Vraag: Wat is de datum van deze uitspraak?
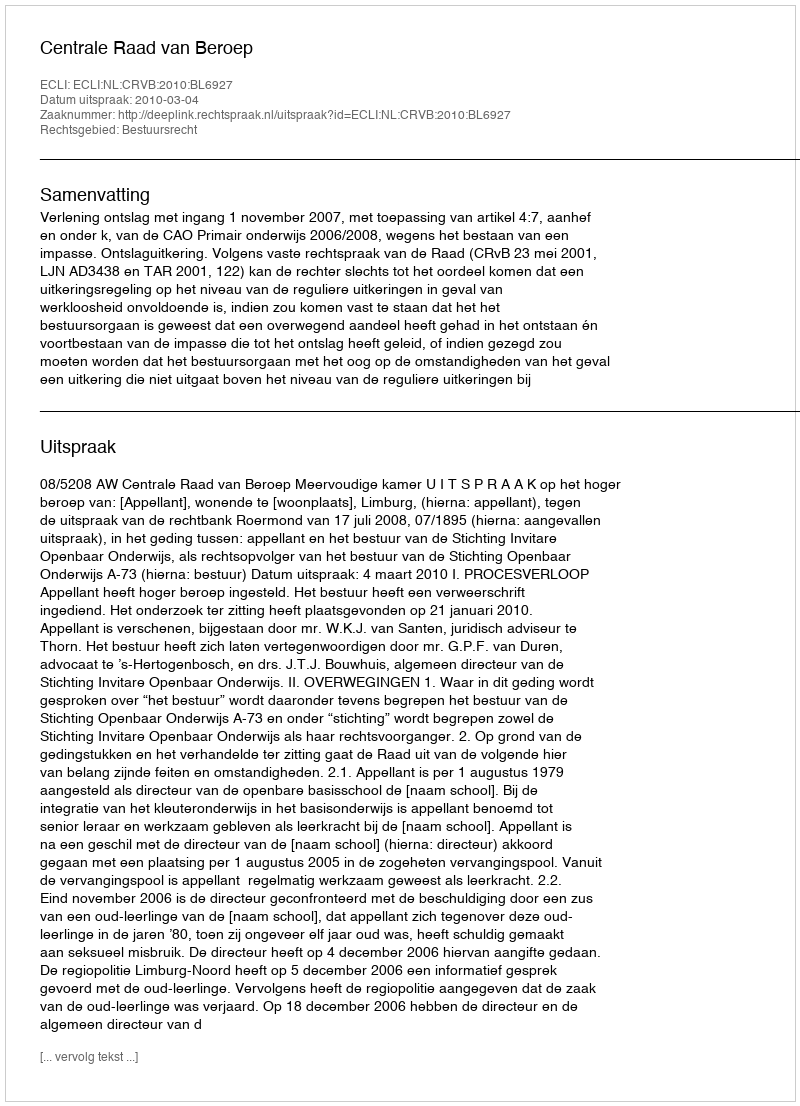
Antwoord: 2010-03-04